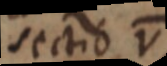
sectio V